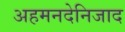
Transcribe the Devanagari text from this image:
अहमनदेनिजाद